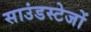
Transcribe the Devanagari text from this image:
साउंडस्टेजों